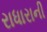
રાધારાની